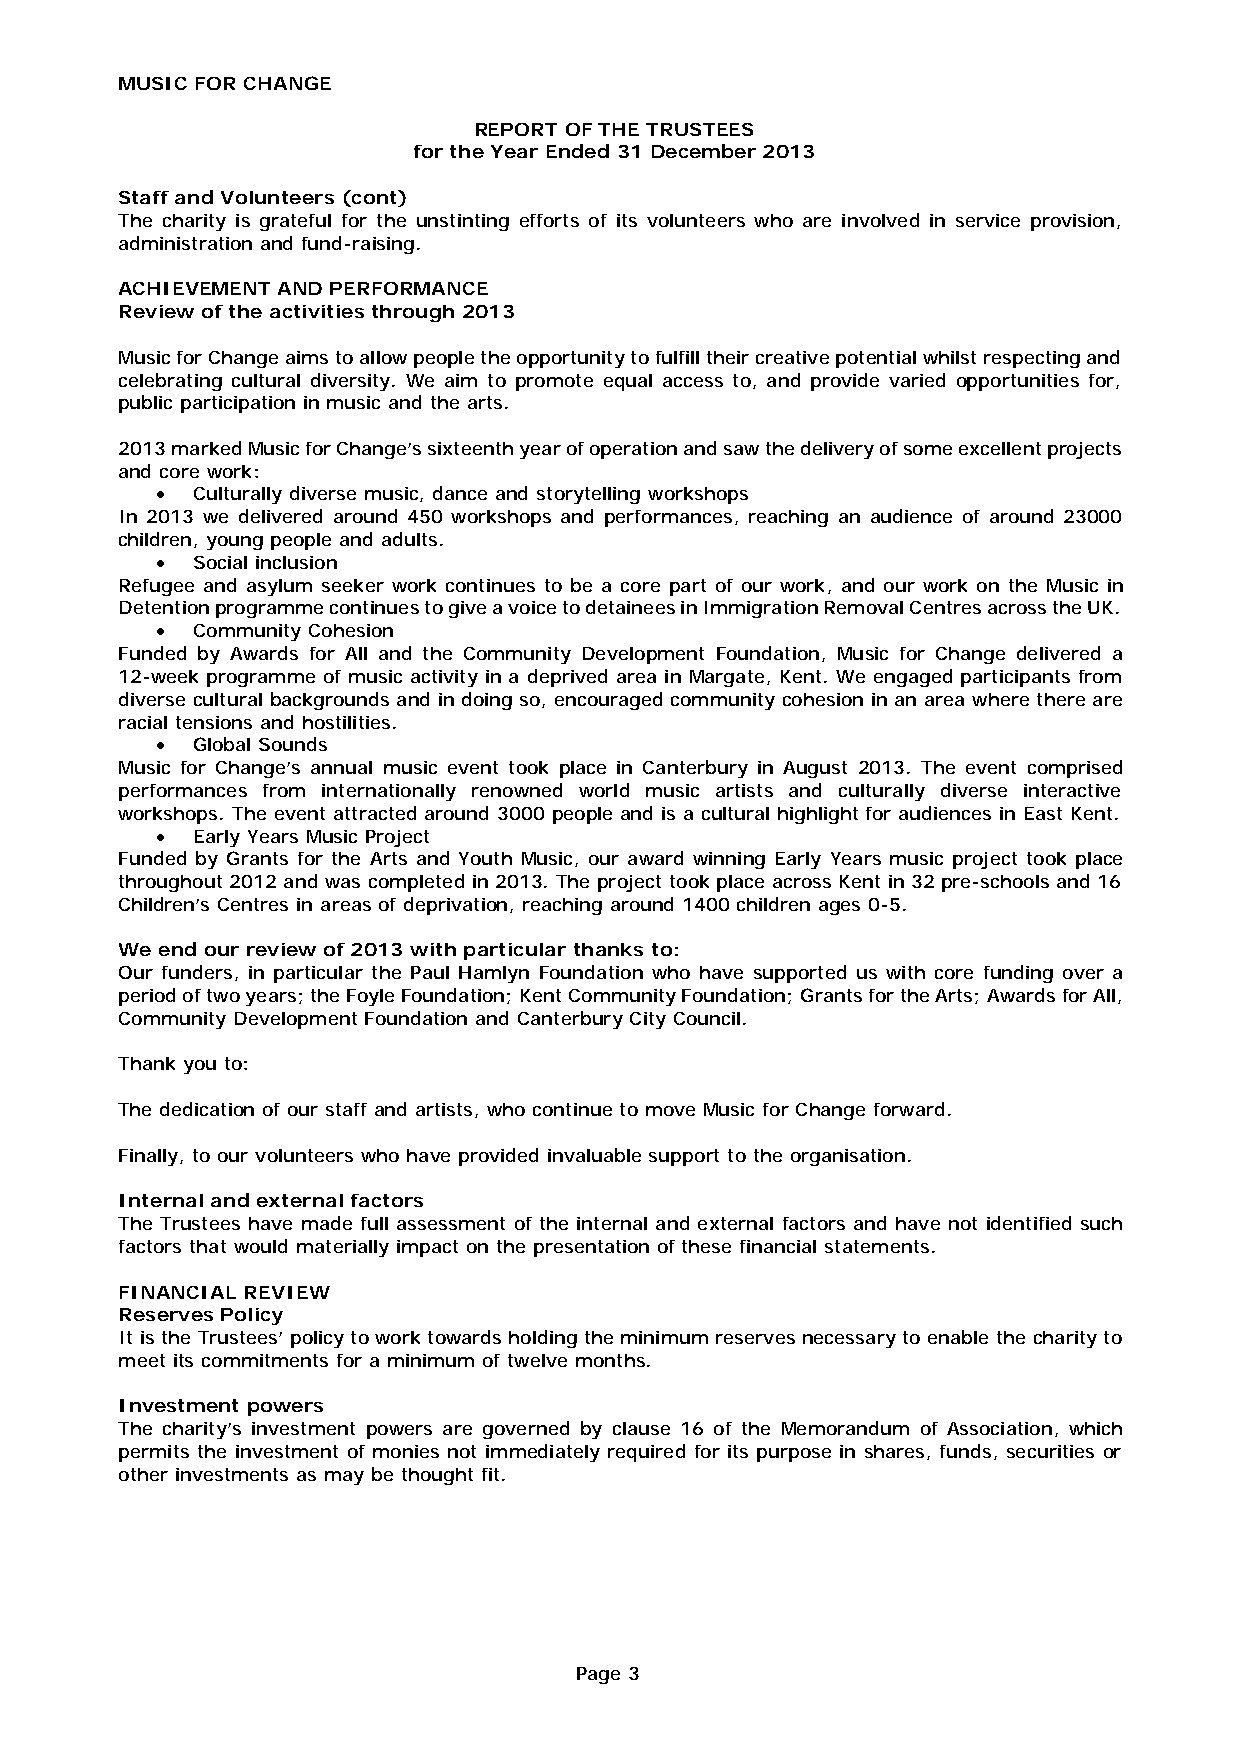
MUSIC FOR CHANGE
 REPORT OF THE TRUSTEES
 for the Year Ended 31 December 2013
 Staff and Volunteers (cont)
 The charity is grateful for the unstinting efforts of its volunteers who are involved in service provision,
 administration and fund-raising.
 ACHIEVEMENT AND PERFORMANCE
 Review of the activities through 2013
 Music for Change aims to allow people the opportunity to fulfill their creative potential whilst respecting and
 celebrating cultural diversity. We aim to promote equal access to, and provide varied opportunities for,
 public participation in music and the arts.
 2013 marked Music for Change’s sixteenth year of operation and saw the delivery of some excellent projects
 and core work:
 •  Culturally diverse music, dance and storytelling workshops
 In 2013 we delivered around 450 workshops and performances, reaching an audience of around 23000
 children, young people and adults.
 •  Social inclusion
 Refugee and asylum seeker work continues to be a core part of our work, and our work on the Music in
 Detention programme continues to give a voice to detainees in Immigration Removal Centres across the UK.
 •  Community Cohesion
 Funded by Awards for All and the Community Development Foundation, Music for Change delivered a
 12-week programme of music activity in a deprived area in Margate, Kent. We engaged participants from
 diverse cultural backgrounds and in doing so, encouraged community cohesion in an area where there are
 racial tensions and hostilities.
 •  Global Sounds
 Music for Change’s annual music event took place in Canterbury in August 2013. The event comprised
 performances from internationally renowned world music artists and culturally diverse interactive
 workshops. The event attracted around 3000 people and is a cultural highlight for audiences in East Kent.
 •  Early Years Music Project
 Funded by Grants for the Arts and Youth Music, our award winning Early Years music project took place
 throughout 2012 and was completed in 2013. The project took place across Kent in 32 pre-schools and 16
 Children’s Centres in areas of deprivation, reaching around 1400 children ages 0-5.
 We end our review of 2013 with particular thanks to:
 Our funders, in particular the Paul Hamlyn Foundation who have supported us with core funding over a
 period of two years; the Foyle Foundation; Kent Community Foundation; Grants for the Arts; Awards for All,
 Community Development Foundation and Canterbury City Council.
 Thank you to:
 The dedication of our staff and artists, who continue to move Music for Change forward.
 Finally, to our volunteers who have provided invaluable support to the organisation.
 Internal and external factors
 The Trustees have made full assessment of the internal and external factors and have not identified such
 factors that would materially impact on the presentation of these financial statements.
 FINANCIAL REVIEW
 Reserves Policy
 It is the Trustees’ policy to work towards holding the minimum reserves necessary to enable the charity to
 meet its commitments for a minimum of twelve months.
 Investment powers
 The charity’s investment powers are governed by clause 16 of the Memorandum of Association, which
 permits the investment of monies not immediately required for its purpose in shares, funds, securities or
 other investments as may be thought fit.
 Page 3